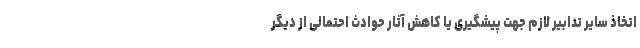
اتخاذ سایر تدابیر لازم جهت پیشگیری یا کاهش آثار حوادث احتمالی از دیگر